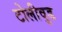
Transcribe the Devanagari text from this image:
टोलीवुड